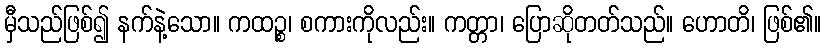
မှီသည်ဖြစ်၍ နက်နဲ့သော။ ကထဉ္စ၊ စကားကိုလည်း။ ကတ္တာ၊ ပြောဆိုတတ်သည်။ ဟောတိ၊ ဖြစ်၏။